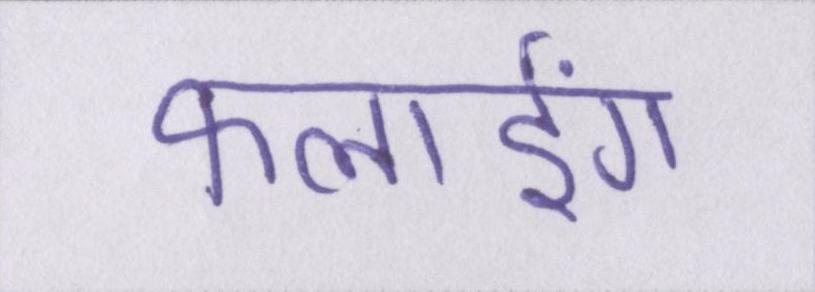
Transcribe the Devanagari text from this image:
फ्लाईंग